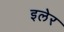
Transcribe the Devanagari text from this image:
इलेर